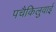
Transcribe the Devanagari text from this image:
पचैकिलुवाई